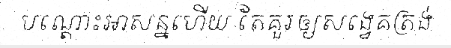
បណ្តោះអាសន្នហើយ តែគួរឲ្យសង្វេគត្រង់